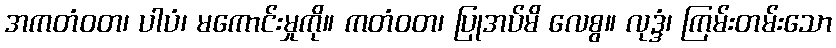
အကတံဝတ၊ ပါပံ၊ မကောင်းမှုကို။ ကတံဝတ၊ ပြုအပ်မိ လေစွ။ လုဒ္ဒံ၊ ကြမ်းတမ်းသော